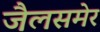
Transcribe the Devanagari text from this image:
जैलसमेर